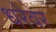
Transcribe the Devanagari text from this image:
धरेवर